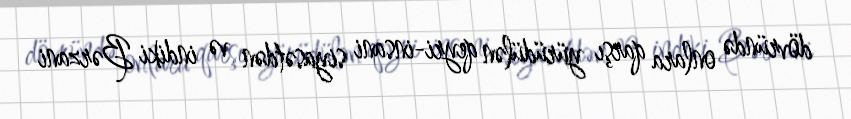
dövründə onlara qarşı yürüdülən qeyri-insani siyasətdən və indiki Bərzani